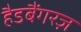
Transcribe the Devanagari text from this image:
हैडबैंगरज़